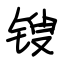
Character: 锼